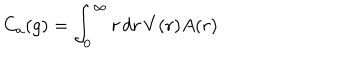
LaTeX: C _ { a } ( g ) = \int _ { 0 } ^ { \infty } r \, d r \, V ( r ) A ( r )